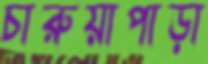
চারুয়াপাড়া